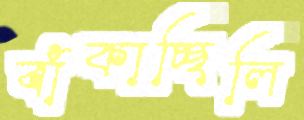
বাঁকাচ্ছিলি